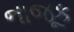
નાજૂક